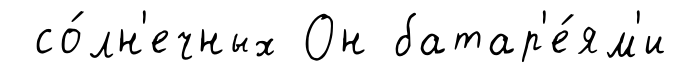
со́лн'ечных Он батар'е́ям'и